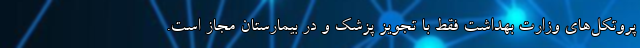
پروتکل‌های وزارت بهداشت فقط با تجویز پزشک و در بیمارستان مجاز است.